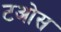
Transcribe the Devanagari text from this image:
टओस